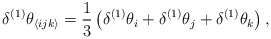
\begin{align*}\delta^{(1)} \theta_{\langle ijk \rangle}= \frac{1}{3} \left(\delta^{(1)} \theta_i + \delta^{(1)} \theta_j + \delta^{(1)} \theta_k \right),\end{align*}